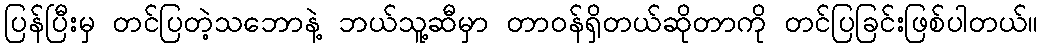
ပြန်ပြီးမှ တင်ပြတဲ့သဘောနဲ့ ဘယ်သူ့ဆီမှာ တာဝန်ရှိတယ်ဆိုတာကို တင်ပြခြင်းဖြစ်ပါတယ်။